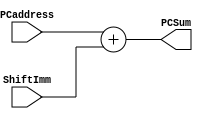
module PCAdd (
    input  [63:0] PCaddress,
    input  [63:0] ShiftImm,
    output [63:0] PCSum
);
  assign PCSum = PCaddress + ShiftImm;
endmodule